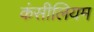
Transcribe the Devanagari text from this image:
कंसीलियम